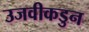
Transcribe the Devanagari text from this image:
उजवीकडुन